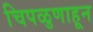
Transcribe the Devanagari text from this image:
चिपळुणाहून